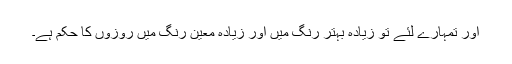
اور تمہارے لئے تو زیادہ بہتر رنگ میں اور زیادہ معین رنگ میں روزوں کا حکم ہے۔